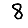
Digit: 8